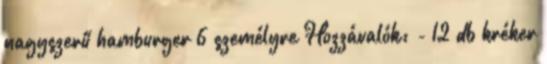
nagyszerű hamburger 6 személyre Hozzávalók: - 12 db kréker